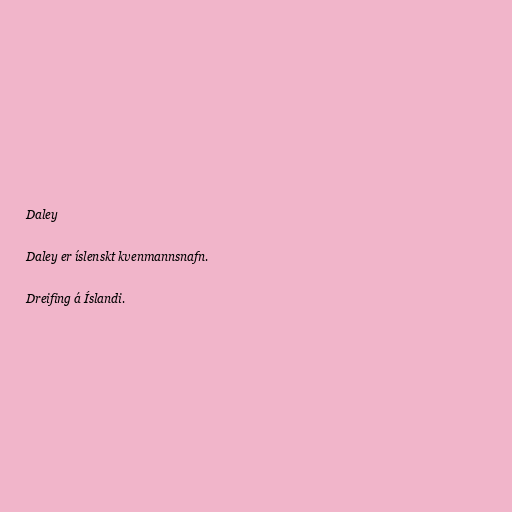
Daley

Daley er íslenskt kvenmannsnafn.

Dreifing á Íslandi.